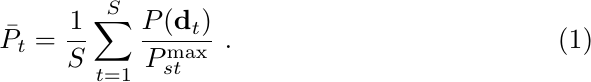
\begin{equation}\label{eq:norm}
\Bar{P}_t=\frac{1}{S}\sum_{t=1}^{S}\frac{P(\mathbf{d}_t)}{P^{\text{max}}_{st}} ~.
\end{equation}